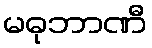
မဓုဘာဏီ